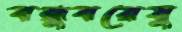
বন্ধুবরেষু